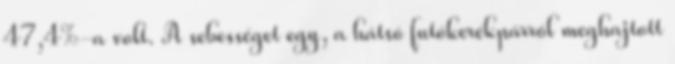
47,4%-a volt. A sebességet egy, a hátsó futókerékpárról meghajtott